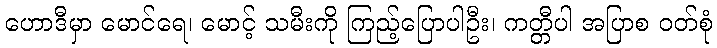
ဟောဒီမှာ မောင်ရေ၊ မောင့် သမီးကို ကြည့်ပြောပါဦး၊ ကတ္တီပါ အပြာစ ဝတ်စုံ